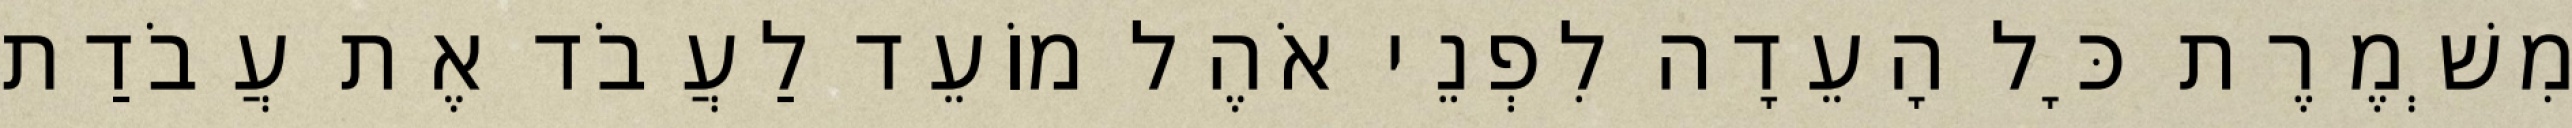
מִשְׁמֶרֶת כָּל הָעֵדָה לִפְנֵי אֹהֶל מוֹעֵד לַעֲבֹד אֶת עֲבֹדַת